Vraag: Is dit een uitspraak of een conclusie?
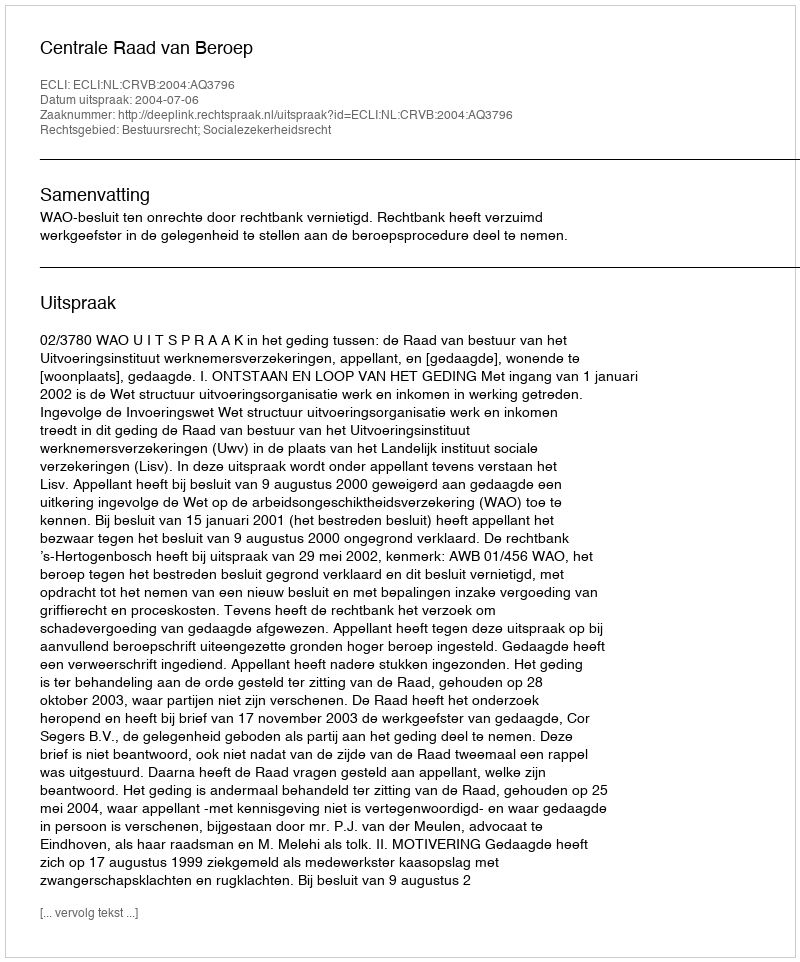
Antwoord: Uitspraak